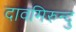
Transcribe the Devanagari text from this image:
दावमिरुन्दु